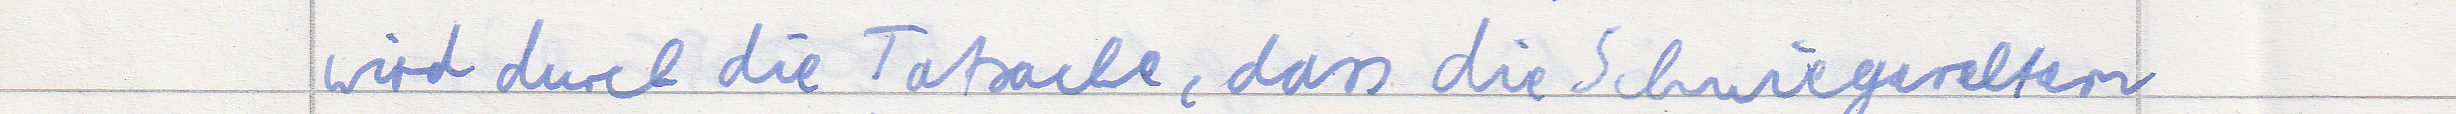
wird durch die Tatsache, dass die Schwiegereltern